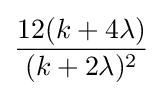
{\frac {12(k+4\lambda )}{(k+2\lambda )^{2}}}